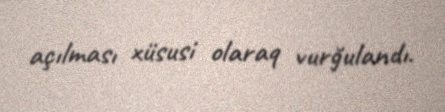
açılması xüsusi olaraq vurğulandı.